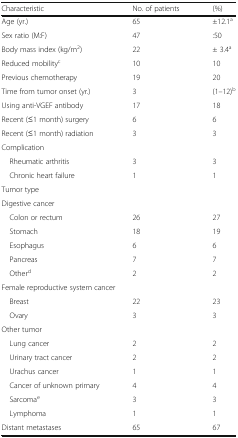
<table><thead><tr><td><b>Characteristic</b></td><td><b>No. of patients</b></td><td><b>(%)</b></td></tr></thead><tbody><tr><td>Age (yr.)</td><td>65</td><td>±12.1<sup>a</sup></td></tr><tr><td>Sex ratio (M:F)</td><td>47</td><td>:50</td></tr><tr><td>Body mass index (kg/m<sup>2</sup>)</td><td>22</td><td>± 3.4<sup>a</sup></td></tr><tr><td>Reduced mobility<sup>c</sup></td><td>10</td><td>10</td></tr><tr><td>Previous chemotherapy</td><td>19</td><td>20</td></tr><tr><td>Time from tumor onset (yr.)</td><td>3</td><td>(1–12)<sup>b</sup></td></tr><tr><td>Using anti-VGEF antibody</td><td>17</td><td>18</td></tr><tr><td>Recent (≤1 month) surgery</td><td>6</td><td>6</td></tr><tr><td>Recent (≤1 month) radiation</td><td>3</td><td>3</td></tr><tr><td colspan="3">Complication</td></tr><tr><td> Rheumatic arthritis</td><td>3</td><td>3</td></tr><tr><td> Chronic heart failure</td><td>1</td><td>1</td></tr><tr><td colspan="3">Tumor type</td></tr><tr><td colspan="3">Digestive cancer</td></tr><tr><td> Colon or rectum</td><td>26</td><td>27</td></tr><tr><td> Stomach</td><td>18</td><td>19</td></tr><tr><td> Esophagus</td><td>6</td><td>6</td></tr><tr><td> Pancreas</td><td>7</td><td>7</td></tr><tr><td> Other<sup>d</sup></td><td>2</td><td>2</td></tr><tr><td colspan="3">Female reproductive system cancer</td></tr><tr><td> Breast</td><td>22</td><td>23</td></tr><tr><td> Ovary</td><td>3</td><td>3</td></tr><tr><td colspan="3">Other tumor</td></tr><tr><td> Lung cancer</td><td>2</td><td>2</td></tr><tr><td> Urinary tract cancer</td><td>2</td><td>2</td></tr><tr><td> Urachus cancer</td><td>1</td><td>1</td></tr><tr><td> Cancer of unknown primary</td><td>4</td><td>4</td></tr><tr><td> Sarcoma<sup>e</sup></td><td>3</td><td>3</td></tr><tr><td> Lymphoma</td><td>1</td><td>1</td></tr><tr><td>Distant metastases</td><td>65</td><td>67</td></tr></tbody></table>